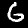
Digit: 6